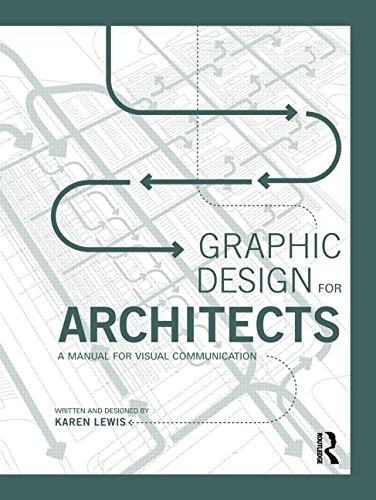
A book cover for Graphic Design for Architects: A Manual for Visual Communication; Karen Lewis; Arts & Photography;